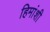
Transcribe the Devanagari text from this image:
हिमांशी